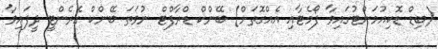
(ބިޑް ޑޮކިއުމަންޓުގައިވާ ފޯމެޓާއި އެއްގޮތަށް) ބޭންކް ޑްރާފްޓް ނުވަތަ ބޭންކް ގެރެންޓީ ދީފައިވާ